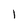
Character: l